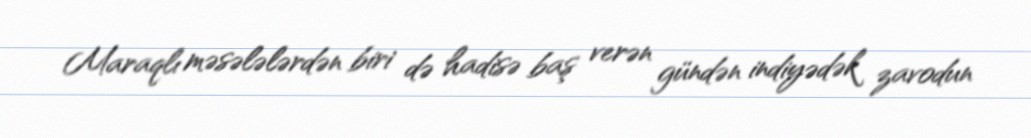
Maraqlı məsələlərdən biri də hadisə baş verən gündən indiyədək zavodun